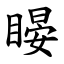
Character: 䁙